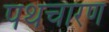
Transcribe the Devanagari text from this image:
पथचारण